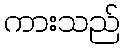
ကားသည်